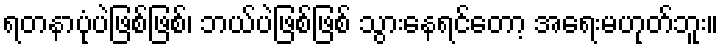
ရတနာပုံပဲဖြစ်ဖြစ်၊ ဘယ်ပဲဖြစ်ဖြစ် သွားနေရင်တော့ အရေးမဟုတ်ဘူး။